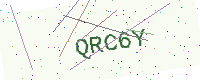
Text: QRC6Y